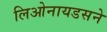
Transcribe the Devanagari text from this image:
लिओनायडसने